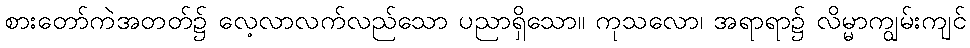
စားတော်ကဲအတတ်၌ လေ့လာလက်လည်သော ပညာရှိသော။ ကုသလော၊ အရာရာ၌ လိမ္မာကျွမ်းကျင်